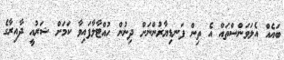
ބައެއް އެލަވަންސްތައް އެ ތިން ފަނޑިޔާރުންނަށް ދިނުން ހުއްޓާލާފައިވާ ކަމަށް ޝަރުއީ ދާއިރާގެ